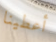
أعطينا